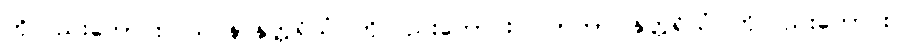
ကိုလည်းကောင်း။ သဝနာနုတ္တရိယံ၊ ကိုလည်းကောင်း။ လာဘာ၊ နုတ္တရိယံ၊ ကိုလည်းကောင်း။